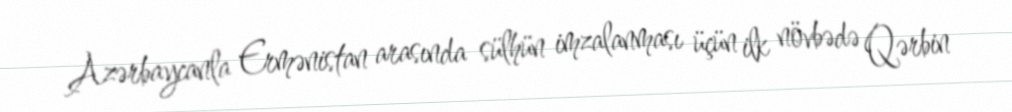
Azərbaycanla Ermənistan arasında sülhün imzalanması üçün ilk növbədə Qərbin